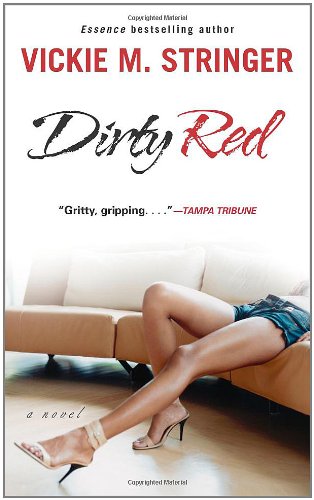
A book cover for Dirty Red; Vickie M. Stringer; Romance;